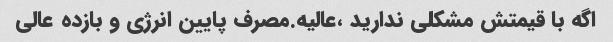
اگه با قیمتش مشکلی ندارید ،عالیه.مصرف پایین انرژی و بازده عالی